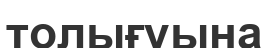
толығуына